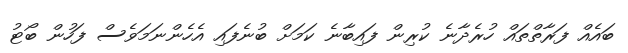
ބައެއް ފަރާތްތައް ހުރެދާނެ ކުރިން ފައިބާނެ ކަމަށް ބުނެފައި އެހެންނަމަވެސް ފަހުން ބޯޓު